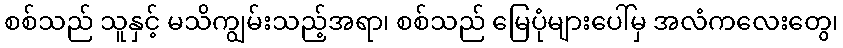
စစ်သည် သူနှင့် မသိကျွမ်းသည့်အရာ၊ စစ်သည် မြေပုံများပေါ်မှ အလံကလေးတွေ၊